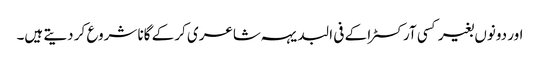
اور دونوں بغیر کسی آرکسٹرا کے فی البدیہہ شاعری کر کے گانا شروع کر دیتے ہیں۔